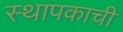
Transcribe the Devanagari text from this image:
स्थापकाची